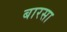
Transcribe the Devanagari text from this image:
बारसा